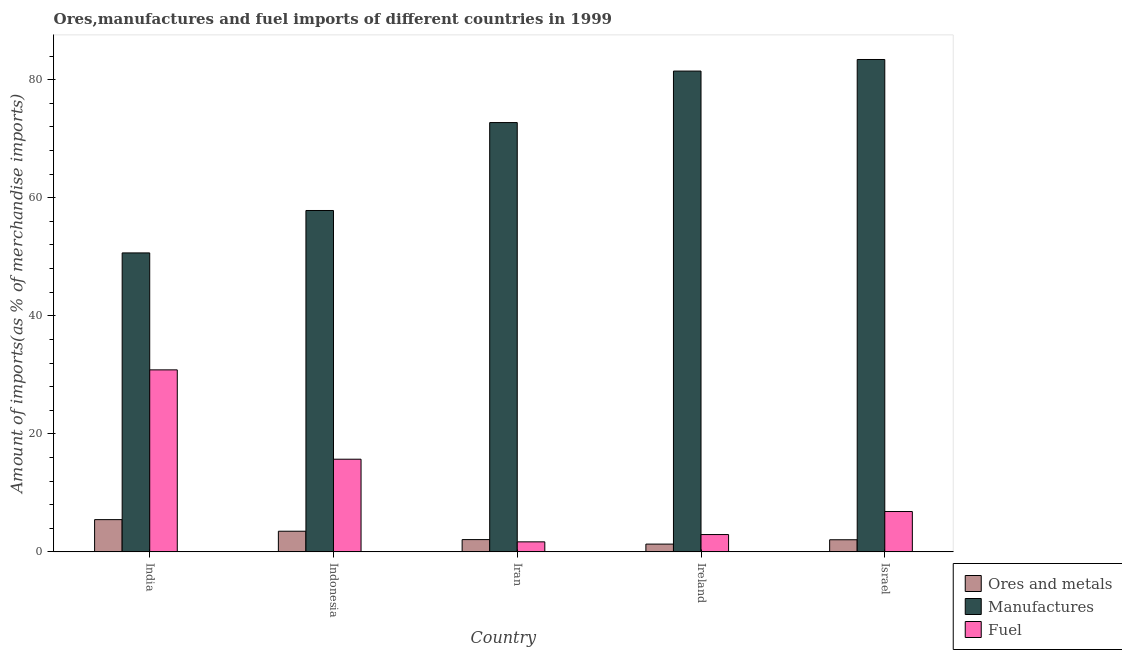
| Country | Ores and metals | Manufactures | Fuel |
 | --- | --- | --- | --- |
 | India | 5.46 | 50.7 | 30.8 |
 | Indonesia | 3.5 | 57.8 | 15.7 |
 | Iran | 2.08 | 72.7 | 1.7 |
 | Ireland | 1.32 | 81.5 | 2.94 |
 | Israel | 2.05 | 83.4 | 6.84 |